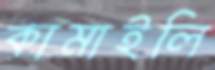
কামাইলি